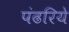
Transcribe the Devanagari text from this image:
पंढरिये